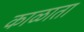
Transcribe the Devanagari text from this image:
काळाता